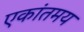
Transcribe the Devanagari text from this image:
एकांतमय